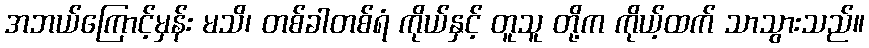
အဘယ်ကြောင့်မှန်း မသိ၊ တစ်ခါတစ်ရံ ကိုယ်နှင့် တူသူ တို့က ကိုယ့်ထက် သာသွားသည်။